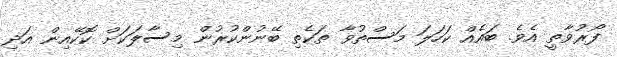
ފޯރުވާތީ އެވެ. ބައެއް ކަހަލަ މަސްތުވާ ތަކެތި ބޭނުންކުރުން މިސާލަކަށް ކޮކޭއިން އަދި